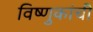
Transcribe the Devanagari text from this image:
विष्णुकांची